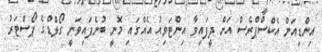
އިންޑިއަން އެކްސްޕްރެސް އަށް ދީފައިވާ އިންޓަވިއު އެއްގައި މޮނީ ބުނެފައިވަނީ ގޯލްޑްގެ ޕޯސްޓަރު